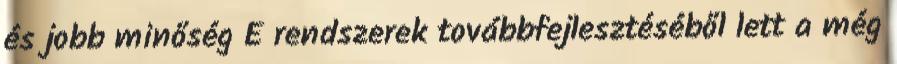
és jobb minőség E rendszerek továbbfejlesztéséből lett a még